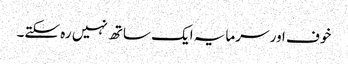
خوف اور سرمایہ ایک ساتھ نہیں رہ سکتے۔